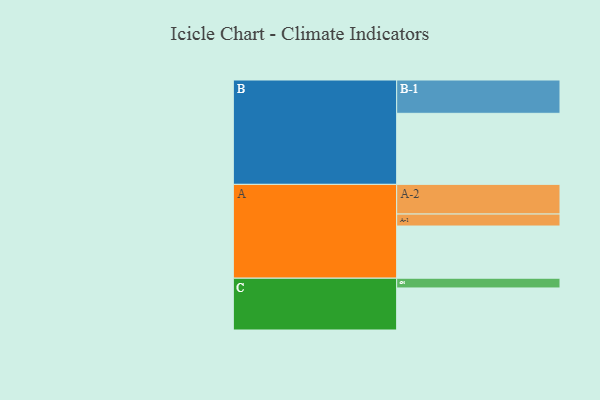
{"axis": {"x": "Segment", "y": "Value"}, "legend": ["", "A", "B", "C"], "data": [{"x": "A", "y": 401, "type": ""}, {"x": "B", "y": 546, "type": ""}, {"x": "C", "y": 323, "type": ""}, {"x": "A-1", "y": 92, "type": "A"}, {"x": "A-2", "y": 228, "type": "A"}, {"x": "B-1", "y": 256, "type": "B"}, {"x": "C-1", "y": 75, "type": "C"}]}